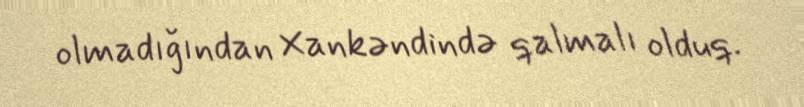
olmadığından Xankəndində qalmalı olduq.